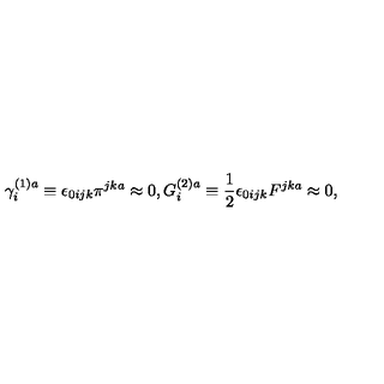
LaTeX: \gamma _ { i } ^ { ( 1 ) a } \equiv \epsilon _ { 0 i j k } \pi ^ { j k a } \approx 0 , G _ { i } ^ { ( 2 ) a } \equiv \frac 1 2 \epsilon _ { 0 i j k } F ^ { j k a } \approx 0 ,